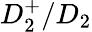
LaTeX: D_{2}^{+}/D_{2}